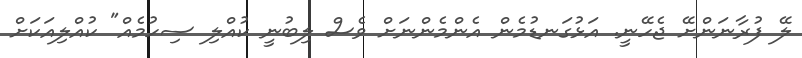
ލޭ ފުރާނަންށޭ ޖެހޭނީ. އަޅުގަނޑުމެން އެންމެންނަށް ވެސް ލިބުނީ ކުއްލި ސިހުމެއް" ކުއްލިއަކަށް